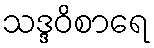
သဒ္ဒဝိစာရေ